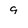
Character: 9